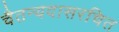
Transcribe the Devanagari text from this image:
चैतन्यदासरचित